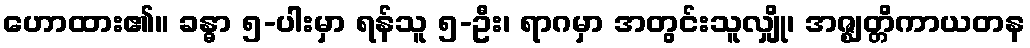
ဟောထား၏။ ခန္ဓာ ၅-ပါးမှာ ရန်သူ ၅-ဦး၊ ရာဂမှာ အတွင်းသူလျှို၊ အဇ္ဈတ္တိကာယတန